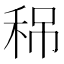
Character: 𥞡